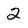
Character: 2